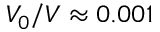
V _ { 0 } / V \approx 0 . 0 0 1